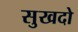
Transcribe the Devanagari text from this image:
सुखदो